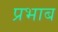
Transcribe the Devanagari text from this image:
प्रभाब